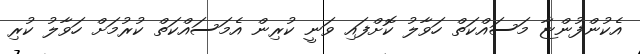
އެކުންފުންޏާ މަސައްކަތް ހަވާލު ކޮށްފައި ވަނީ ކުރިން އެމަސައްކަތް ކުރުމަށް ހަވާލު ކުރި